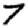
Digit: 7